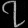
Digit: ၇